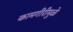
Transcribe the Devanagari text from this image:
कामगीरीमुळे